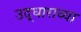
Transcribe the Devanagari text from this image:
उद्धाराच्या